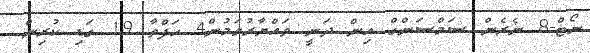
ނޯޓް-8 ނެރެން ސަމްސަންގް އިން ދަނީ ތައްޔާރުވަމުން4 ހަފްތާ 19 ގަޑި ކުރިން.